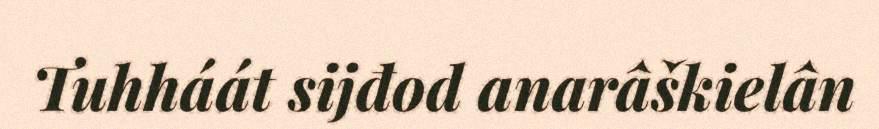
Tuhháát sijđod anarâškielân